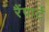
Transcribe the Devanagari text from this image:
रैंपार्ट